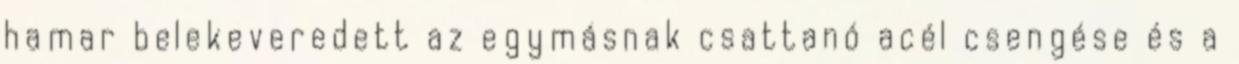
hamar belekeveredett az egymásnak csattanó acél csengése és a